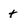
Character: t